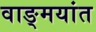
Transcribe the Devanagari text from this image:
वाङ्मयांत